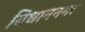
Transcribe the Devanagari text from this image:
विधाननगर